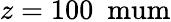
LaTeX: z=\mathrm{100\ \ mum}